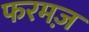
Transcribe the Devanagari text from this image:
फरमज़